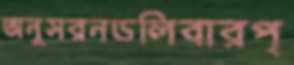
অনুসরনডলিবারপ্